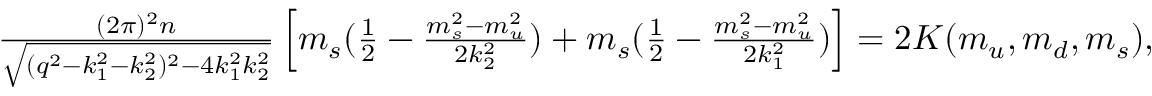
\begin{array} { r } { \frac { ( 2 \pi ) ^ { 2 } n } { \sqrt { ( q ^ { 2 } - k _ { 1 } ^ { 2 } - k _ { 2 } ^ { 2 } ) ^ { 2 } - 4 k _ { 1 } ^ { 2 } k _ { 2 } ^ { 2 } } } \left[ m _ { s } ( \frac { 1 } { 2 } - \frac { m _ { s } ^ { 2 } - m _ { u } ^ { 2 } } { 2 k _ { 2 } ^ { 2 } } ) + m _ { s } ( \frac { 1 } { 2 } - \frac { m _ { s } ^ { 2 } - m _ { u } ^ { 2 } } { 2 k _ { 1 } ^ { 2 } } ) \right] = 2 K ( m _ { u } , m _ { d } , m _ { s } ) , } \end{array}